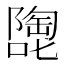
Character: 𱕂